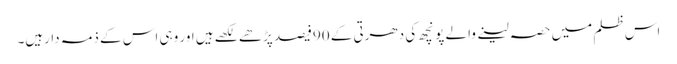
اس ظلم میں حصہ لینے والے پونچھ کی دھرتی کے 90فیصد پڑھے لکھے ہیں اور وہی اس کے ذمہ دارہیں۔